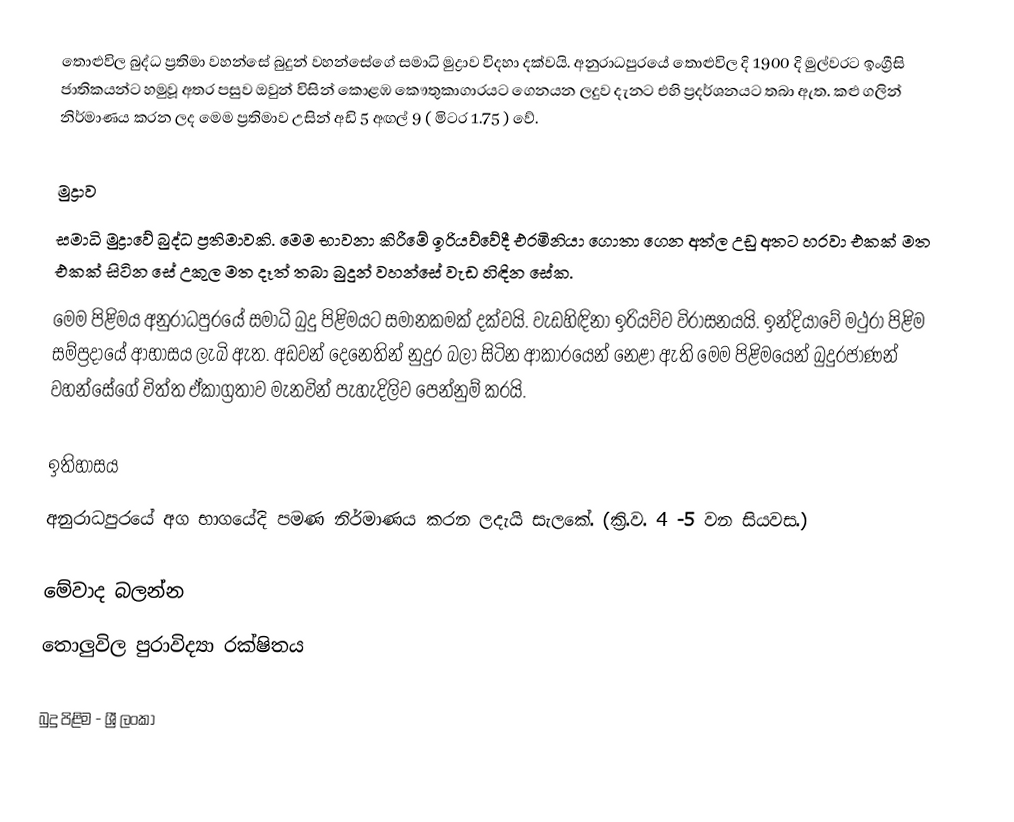
තොළුවිල බුද්ධ ප්‍රතිමා වහන්සේ බුදුන් වහන්සේගේ සමාධි මුද්‍රාව විදහා දක්වයි. අනුරාධපුරයේ තොළුවිල දි 1900 දි  මුල්වරට ඉංග්‍රීසි ජාතිකයන්ට හමුවූ අතර පසුව ඔවුන් විසින් කොළඹ කෞතුකාගාරයට ගෙනයන ලදුව දැනට එහි ප්‍රදර්ශනයට තබා ඇත.  කළු ගලින් නිර්මාණය කරන ලද මෙම ප්‍රතිමාව උසින් අඩි 5 අඟල් 9 ( මිටර 1.75 ) වේ.

මුද්‍රාව
සමාධි මුද්‍රාවේ බුද්ධ ප්‍රතිමාවකි. මෙම භාවනා කිරීමේ ඉරියව්වේදී එරමිනියා ගොතා ගෙන අත්ල උඩු අතට හරවා එකක් මත එකක් සිටින සේ උකුල මත දෑත් තබා බුදුන් වහන්සේ වැඩ හිඳින සේක.
මෙම පිළිමය අනුරාධපුරයේ සමාධි බුදු පිළිමයට සමානකමක් දක්වයි. වැඩහිඳිනා ඉරියව්ව විරාසනයයි. ඉන්දියාවේ මථුරා පිළිම සම්ප්‍රදායේ ආභාසය ලැබි ඇත. අඩවන් දෙනෙතින් නුදුර බලා සිටින ආකාරයෙන් නෙළා ඇති මෙම පිළිමයෙන් බුදුරජාණන් වහන්සේගේ චිත්ත ඒකාග්‍රතාව මැනවින් පැහැදිලිව පෙන්නුම් කරයි.

ඉතිහාසය
අනුරාධපුරයේ අග භාගයේදි පමණ නිර්මාණය කරන ලදැයි සැලකේ. (ක්‍රි.ව. 4 -5 වන සියවස.)

මේවාද බලන්න
තොලුවිල පුරාවිද්‍යා රක්ෂිතය

බුදු පිළිම - ශ්‍රී ලංකා